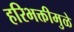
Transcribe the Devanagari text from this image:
हरिभक्तीमुळे